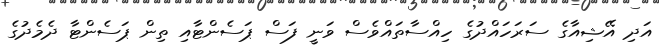
އަދި އޭޝިއާގެ ސަރަހައްދުގެ ހިއްސާތައްވެސް ވަނީ ފަސް ޕަސެންޓާއި ތިން ޕަސެންޓާ ދެމެދުގެ